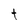
Character: t